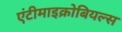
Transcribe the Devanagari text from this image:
एंटीमाइक्रोबियल्स